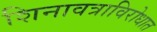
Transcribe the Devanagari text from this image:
शिनावत्राविरोधात